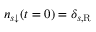
n _ { s \downarrow } ( t = 0 ) = \delta _ { s , \mathrm { R } }